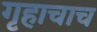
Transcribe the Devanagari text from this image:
गृहाचाच